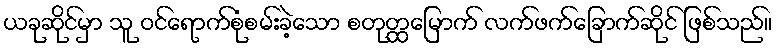
ယခုဆိုင်မှာ သူ ဝင်ရောက်စုံစမ်းခဲ့သော စတုတ္ထမြောက် လက်ဖက်ခြောက်ဆိုင် ဖြစ်သည်။